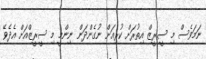
ނަމަވެސް މި ސީރީޒް އިތުރަށް ކުރިއަށް ނުގެންދަން ނިންމީ މި ސީރީޒްއަށް އެދެވޭ